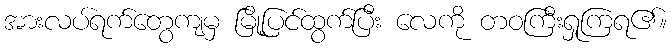
အားလပ်ရက်တွေကျမှ မြို့ပြင်ထွက်ပြီး လေကို တဝကြီးရှုကြရ၏။